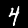
Digit: 4